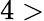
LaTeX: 4>